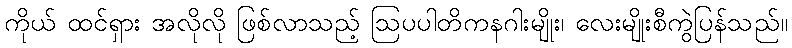
ကိုယ် ထင်ရှား အလိုလို ဖြစ်လာသည့် ဩပပါတိကနဂါးမျိုး၊ လေးမျိုးစီကွဲပြန်သည်။